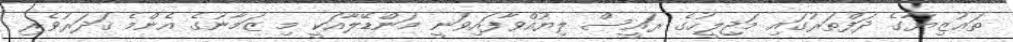
ތަޢުޒިޔާގެ ދަފްތަރުގައި މަޖިލީހުގެ ރައީސް ލިޔުއްވާފައިވަނީ މަންޑޭލާއަކީ މި ޒަމާނުގެ އެންމެ ޤަދަރުވެރި